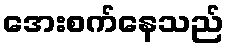
အေးစက်နေသည်